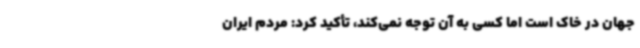
جهان در خاک است اما کسی به آن توجه نمی‌کند، تأکید کرد: مردم ایران